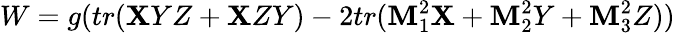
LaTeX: W=g(tr(\mathbf{X}YZ+\mathbf{X}ZY)-2tr(\mathbf{M}_{1}^{2}\mathbf{X}+\mathbf{M}_{2}^{2}Y+\mathbf{M}_{3}^{2}Z))